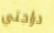
دراجتي